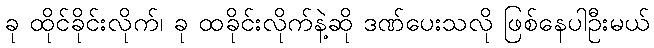
ခု ထိုင်ခိုင်းလိုက်၊ ခု ထခိုင်းလိုက်နဲ့ဆို ဒဏ်ပေးသလို ဖြစ်နေပါဦးမယ်